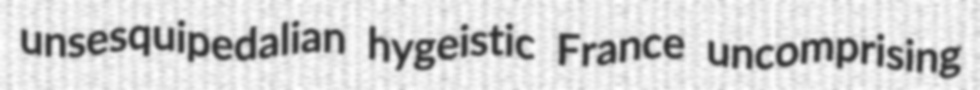
unsesquipedalian hygeistic France uncomprising